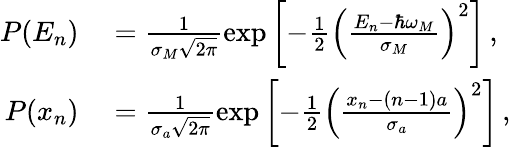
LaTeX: \begin{array}{rl}{P(E_{n})}&{{}=\frac{1}{\sigma_{M}\sqrt{2\pi}}\exp\left[{-\frac{1}{2}\left(\frac{E_{n}-\hbar\omega_{M}}{\sigma_{M}}\right)^{2}}\right]\, ,}\\ {P(x_{n})}&{{}=\frac{1}{\sigma_{a}\sqrt{2\pi}}\exp\left[{-\frac{1}{2}\left(\frac{x_{n}-(n-1)a}{\sigma_{a}}\right)^{2}}\right]\, ,}\end{array}